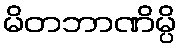
မိတဘာဏိမ္ပိ